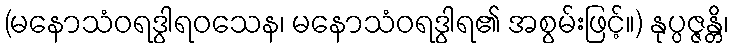
(မနောသံဝရဒွါရဝသေန၊ မနောသံဝရဒွါရ၏ အစွမ်းဖြင့်။) နုပ္ပဇ္ဇန္တိ၊